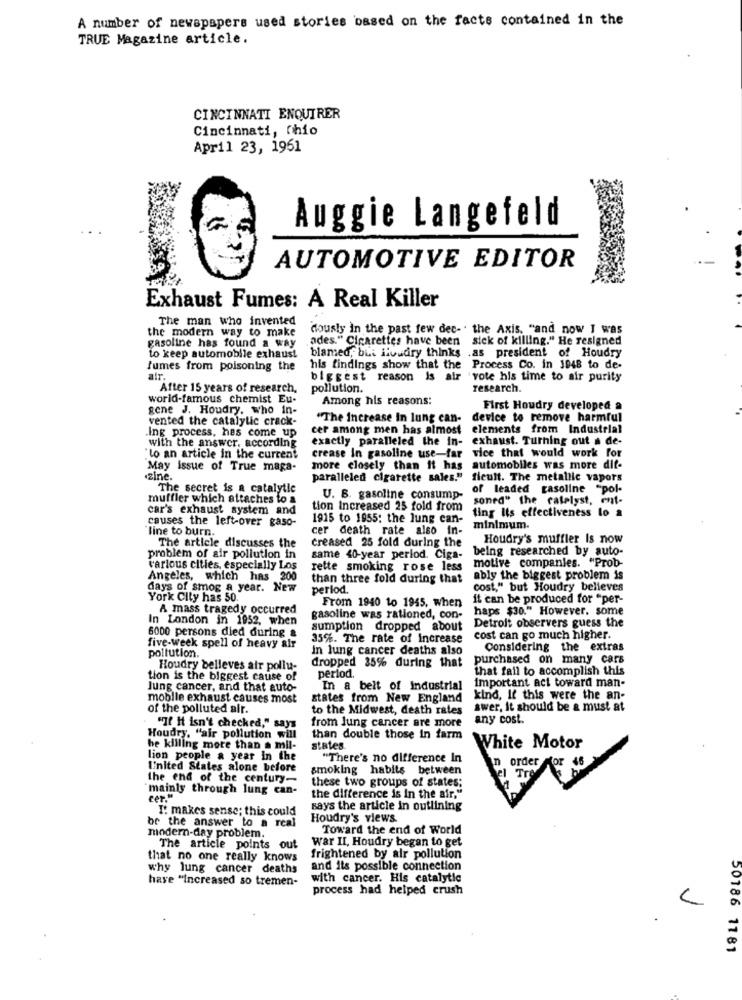
A number of newspapers used stories based on the facts contained in the
TRUE Magazine article.
CINCINNATI ENQUIRER
Cincinnati, Ohio
April 23, 1961
Auggie Langefeld
AUTOMOTIVE EDITOR
Exhaust Fumes: A Real Killer
The man who invented
the modern way to make
dously in the past few dec-' the Axis. "and now I was
gasoline has found a way
ades." Cigarettes have been sick of killing." He resigned
blamed, but ilvudiry thinks .as president of Houdry
to keep automobile exhaust
fumes from poisoning the
his findings show that the Process Co. in 1948 to de-
alr.
biggest reason is air vote his time to air purity
After 15 years of research,
pollution.
research.
world-famous chemist Eu-
Among his reasons:
gene J. Houdry, who in-
First Houdry developed a
vented the catalytic crack-
"The Increase In lung can-
device to remove harmful
.Ing process, has come up
cer among men has almost elements from Industrial
exactly paralleled the in-
exhaust. Turning out a de-
with the answer. according
"lo an article in the current
crease In gasoline use-far
vice that would work for
May issue of True maga-
more closely than it has
automobiles was more dif-
zine.
paralleled cigarette sales."
fleult. The metallic vapors
The secret is a catalytic
of leaded gasoline "pol-
muffler which attaches to &
U. B. gasoline consump-
soned" the catalyst, cut-
car's exhaust system and
tion Increased 25 fold from
ting Its effectiveness lo a
causes the left-over gaso-
1915 to 1955: the lung can-
line to burn.
cer death rate also in-
minimum.
The article discusses the
creased 25 fold during the
Houdry's muffler Is now
same 40-year perlod. Ciga- being researched by auto-
problem of air pollution in
various cities, especially Los
rette smoking rose less
motive companies. "Prob-
Angeles, which has 200
than three fold during that
ably the biggest problem is
days of smog a year. New
period.
cost," but Houdry believes
York City has 50.
From 1940 to 1945, when
it can be produced for "per-
A mass tragedy occurred
haps $30." However. some
In London in 1952, when
gasoline was rationed, con-
Detroit observers guess the
6000 persons died during &
sumption dropped about
35%. The rate of increase
cost can go much higher.
five-week spell of heavy air
pollution.
In lung cancer deaths also
Considering the extras
purchased on many cars
Houdry belleves air pollu-
dropped 35% during that
that fail to accomplish this
tion is the biggest cause of
perlod.
important act toward man-
Jung cancer, and that auto-
In a belt of industrial
mobile exhaust causes most
states from New England
kind, If this were the an-
of the polluted air.
to the Midwest, death rates
swer, it should be a must at
from lung cancer are more
any cost.
"If It isn't checked," says
Houdry, "air pollution will
than double those in farm
he killing more than a mil-
states
White Motor
lion people a year in the
"There's no difference In
United States alone before
smoking habits between
order for 46
the end of the century-
Tre
"mainly through lung can-
these two groups of states;
eer."
the difference is In the air."
I: makes sense; this could
says the article in outlining
br the answer to a real
Houdry's views.
modern-day problem.
Toward the end of World
war II, Houdry began to get
The article points out
that no one really knows
frightened by air pollution
why lung cancer deaths
and its possible connection
have "Increased so tremen-
with cancer. His catalytic
process had helped crush
50186 1181